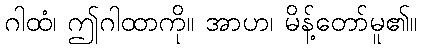
ဂါထံ၊ ဤဂါထာကို။ အာဟ၊ မိန့်တော်မူ၏။